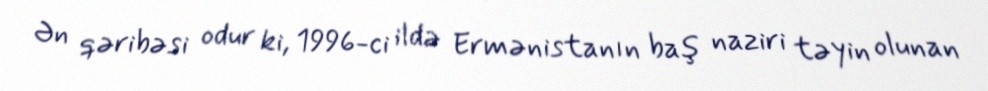
Ən qəribəsi odur ki, 1996-ci ildə Ermənistanın baş naziri təyin olunan